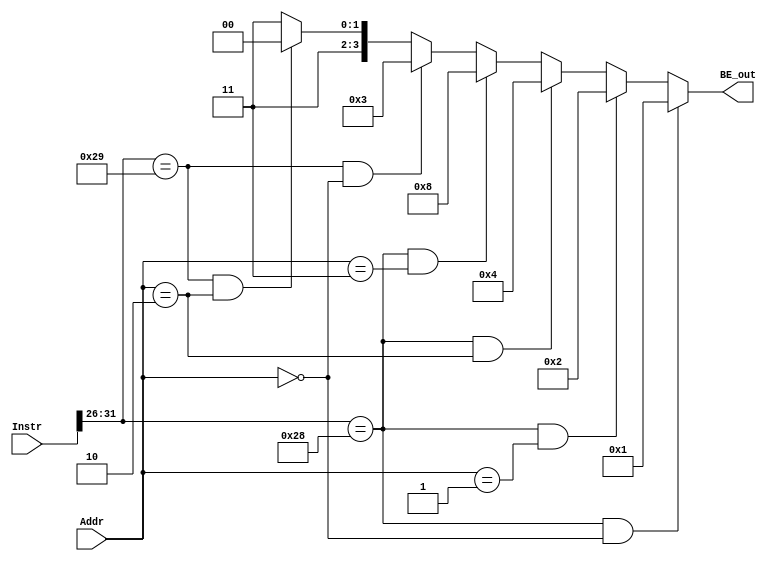
`timescale 1ns / 1ps
//////////////////////////////////////////////////////////////////////////////////
// Company: 
// Engineer: 
// 
// Design Name: 
// Module Name:    BE 
// Project Name: 
// Target Devices: 
// Tool versions: 
// Description: 
//
// Dependencies: 
//
// Revision: 
// Revision 0.01 - File Created
// Additional Comments: 
//
//////////////////////////////////////////////////////////////////////////////////
`define op 31:26
`define rs 25:21
`define rt 20:16
`define rd 15:11
`define func 5:0




module BE(
    input [31:0] Instr,
	 input [1:0] Addr,
    output [3:0] BE_out
    );
	 
	 wire sw = (Instr[`op] == 6'b101011);
	 wire sb = (Instr[`op] == 6'b101000);
	 wire sh = (Instr[`op] == 6'b101001);
	 
	 
	 assign BE_out = 	sb &&(Addr == 2'b00) ? 4'b0001:
							sb &&(Addr == 2'b01) ? 4'b0010:
							sb &&(Addr == 2'b10) ? 4'b0100:
							sb &&(Addr == 2'b11) ? 4'b1000:
							sh &&(Addr == 2'b00) ? 4'b0011:
							sh &&(Addr == 2'b10) ? 4'b1100:
		     				                       4'b1111;//sw
																			           
 

endmodule